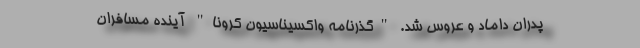
پدران داماد و عروس شد. "گذرنامه واکسیناسیون کرونا" آینده مسافران